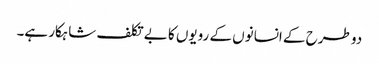
دو طرح کے انسانوں کے رویوں کا بے تکلف شاہکار ہے۔